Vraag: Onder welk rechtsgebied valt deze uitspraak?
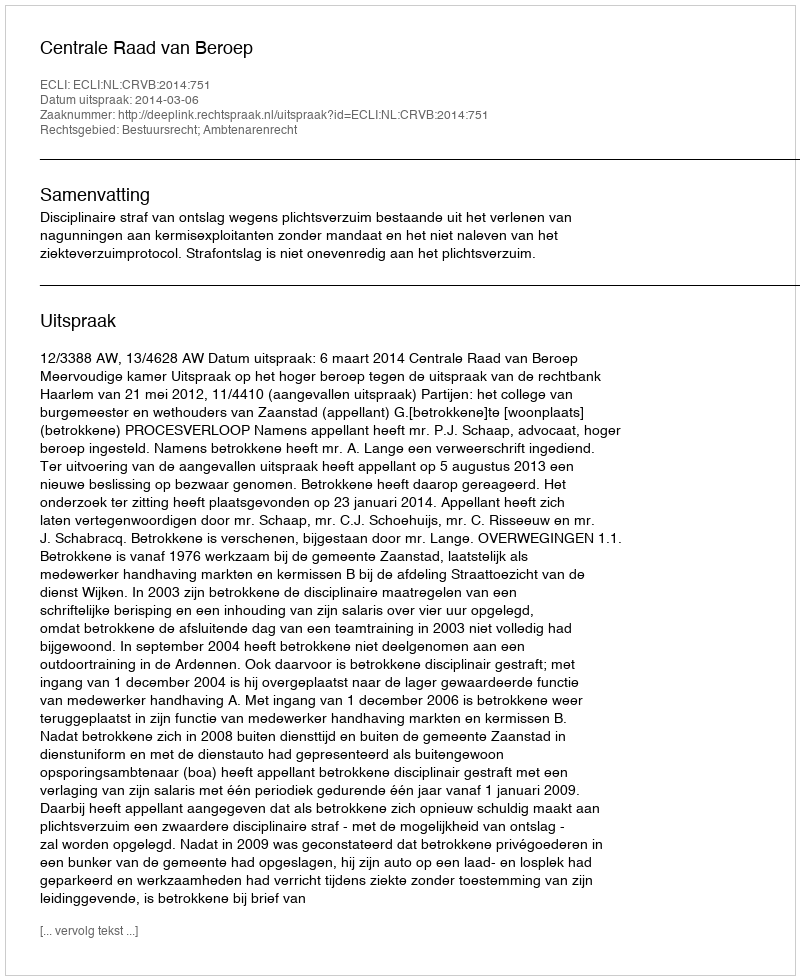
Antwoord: Bestuursrecht; Ambtenarenrecht